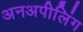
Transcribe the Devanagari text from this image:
अनअपीलिंग